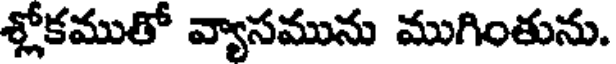
శ్లోకముతో వ్యాసమును ముగింతును.